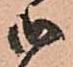
御